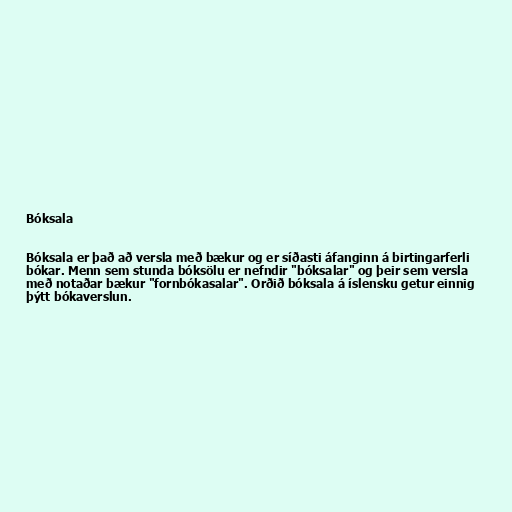
Bóksala

Bóksala er það að versla með bækur og er síðasti áfanginn á birtingarferli
bókar. Menn sem stunda bóksölu er nefndir "bóksalar" og þeir sem versla
með notaðar bækur "fornbókasalar". Orðið bóksala á íslensku getur einnig
þýtt bókaverslun.